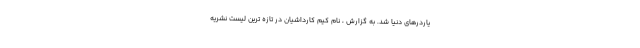
یاردرهای دنیا شد. به گزارش ، نام کیم کارداشیان در تازه ترین لیست نشریه